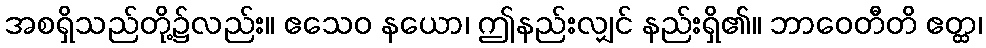
အစရှိသည်တို့၌လည်း။ ဧသေဝ နယော၊ ဤနည်းလျှင် နည်းရှိ၏။ ဘာဝေတီတိ ဧတ္ထ၊